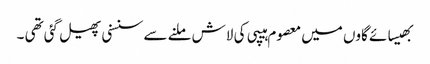
بھیسائے گاوں میں معصوم ہیپی کی لاش ملنے سے سنسنی پھیل گئی تھی ۔